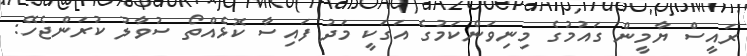
ރައީސް ޔާމީން ގައުމުގެ މިނިވަންކަމުގެ އަގަކީ މަދު ފައިސާ ކޮޅެއްތޯ ސުވާލު ކުރަންޖެހޭ: